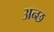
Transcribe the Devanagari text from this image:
अन्छ